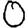
Digit: 0